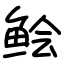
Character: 鲙